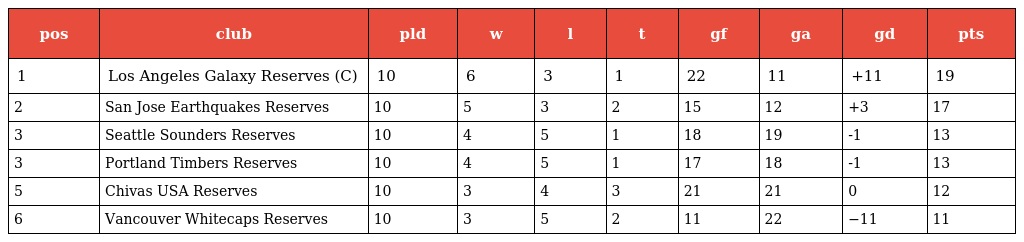
| pos | club | pld | w | l | t | gf | ga | gd | pts |
 | --- | --- | --- | --- | --- | --- | --- | --- | --- | --- |
 | 1 | Los Angeles Galaxy Reserves (C) | 10 | 6 | 3 | 1 | 22 | 11 | +11 | 19 |
 | 2 | San Jose Earthquakes Reserves | 10 | 5 | 3 | 2 | 15 | 12 | +3 | 17 |
 | 3 | Seattle Sounders Reserves | 10 | 4 | 5 | 1 | 18 | 19 | -1 | 13 |
 | 3 | Portland Timbers Reserves | 10 | 4 | 5 | 1 | 17 | 18 | -1 | 13 |
 | 5 | Chivas USA Reserves | 10 | 3 | 4 | 3 | 21 | 21 | 0 | 12 |
 | 6 | Vancouver Whitecaps Reserves | 10 | 3 | 5 | 2 | 11 | 22 | −11 | 11 |